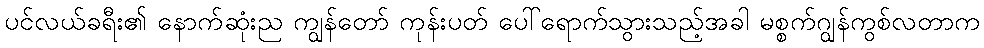
ပင်လယ်ခရီး၏ နောက်ဆုံးည ကျွန်တော် ကုန်းပတ် ပေါ်ရောက်သွားသည့်အခါ မစ္စက်ဂျွန်ကွစ်လတာက